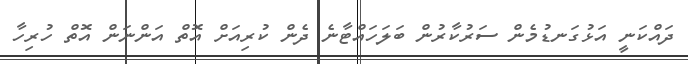
ދައްކަނީ އަޅުގަނޑުމެން ސަރުކާރުން ބަލަހައްޓާނެ ދެން ކުރިއަށް އޮތް އަންނަން އޮތް ހުރިހާ